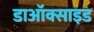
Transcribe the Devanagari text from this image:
डाऑक्साइड